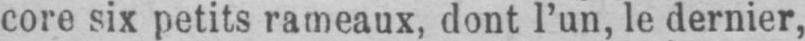
core six petits rameaux, dont l’un, le dernier,